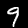
Digit: 9